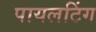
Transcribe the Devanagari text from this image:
पायलटिंग